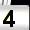
Digit: 4